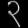
Digit: ၃